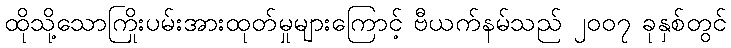
ထိုသို့သောကြိုးပမ်းအားထုတ်မှုများကြောင့် ဗီယက်နမ်သည် ၂၀၀၇ ခုနှစ်တွင်